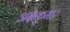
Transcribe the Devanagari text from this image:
अक्षकुमार